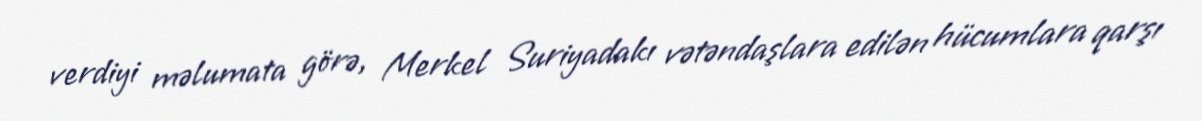
verdiyi məlumata görə, Merkel Suriyadakı vətəndaşlara edilən hücumlara qarşı